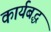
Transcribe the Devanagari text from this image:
कार्यबद्ध